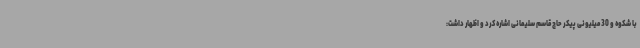
با شکوه و 30 میلیونی پیکر حاج قاسم سلیمانی اشاره کرد و اظهار داشت: